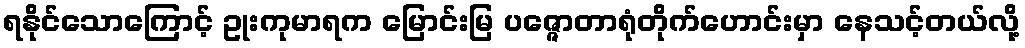
ရနိုင်သောကြောင့် ဥုးကုမာရက မြောင်းမြ ပဇ္ဇောတာရုံတိုက်ဟောင်းမှာ နေသင့်တယ်လို့